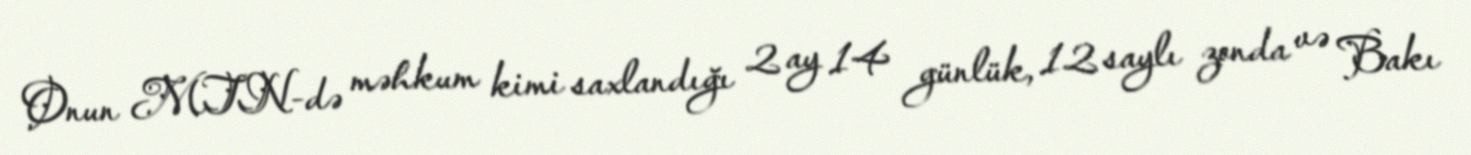
Onun MTN-də məhkum kimi saxlandığı 2 ay 14 günlük, 12 saylı zonda və Bakı